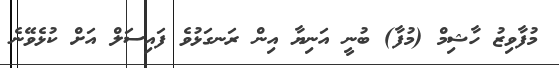
މުފާވިޒު ހާޝިމް (މުފާ) ބުނީ އަނިޔާ އިން ރަނގަޅުވެ ފައިސަލް އަށް ކުޅެވޭނެ